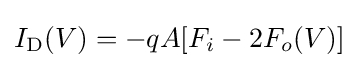
I_{\text{D}}(V)=-qA[F_{i}-2F_{o}(V)]